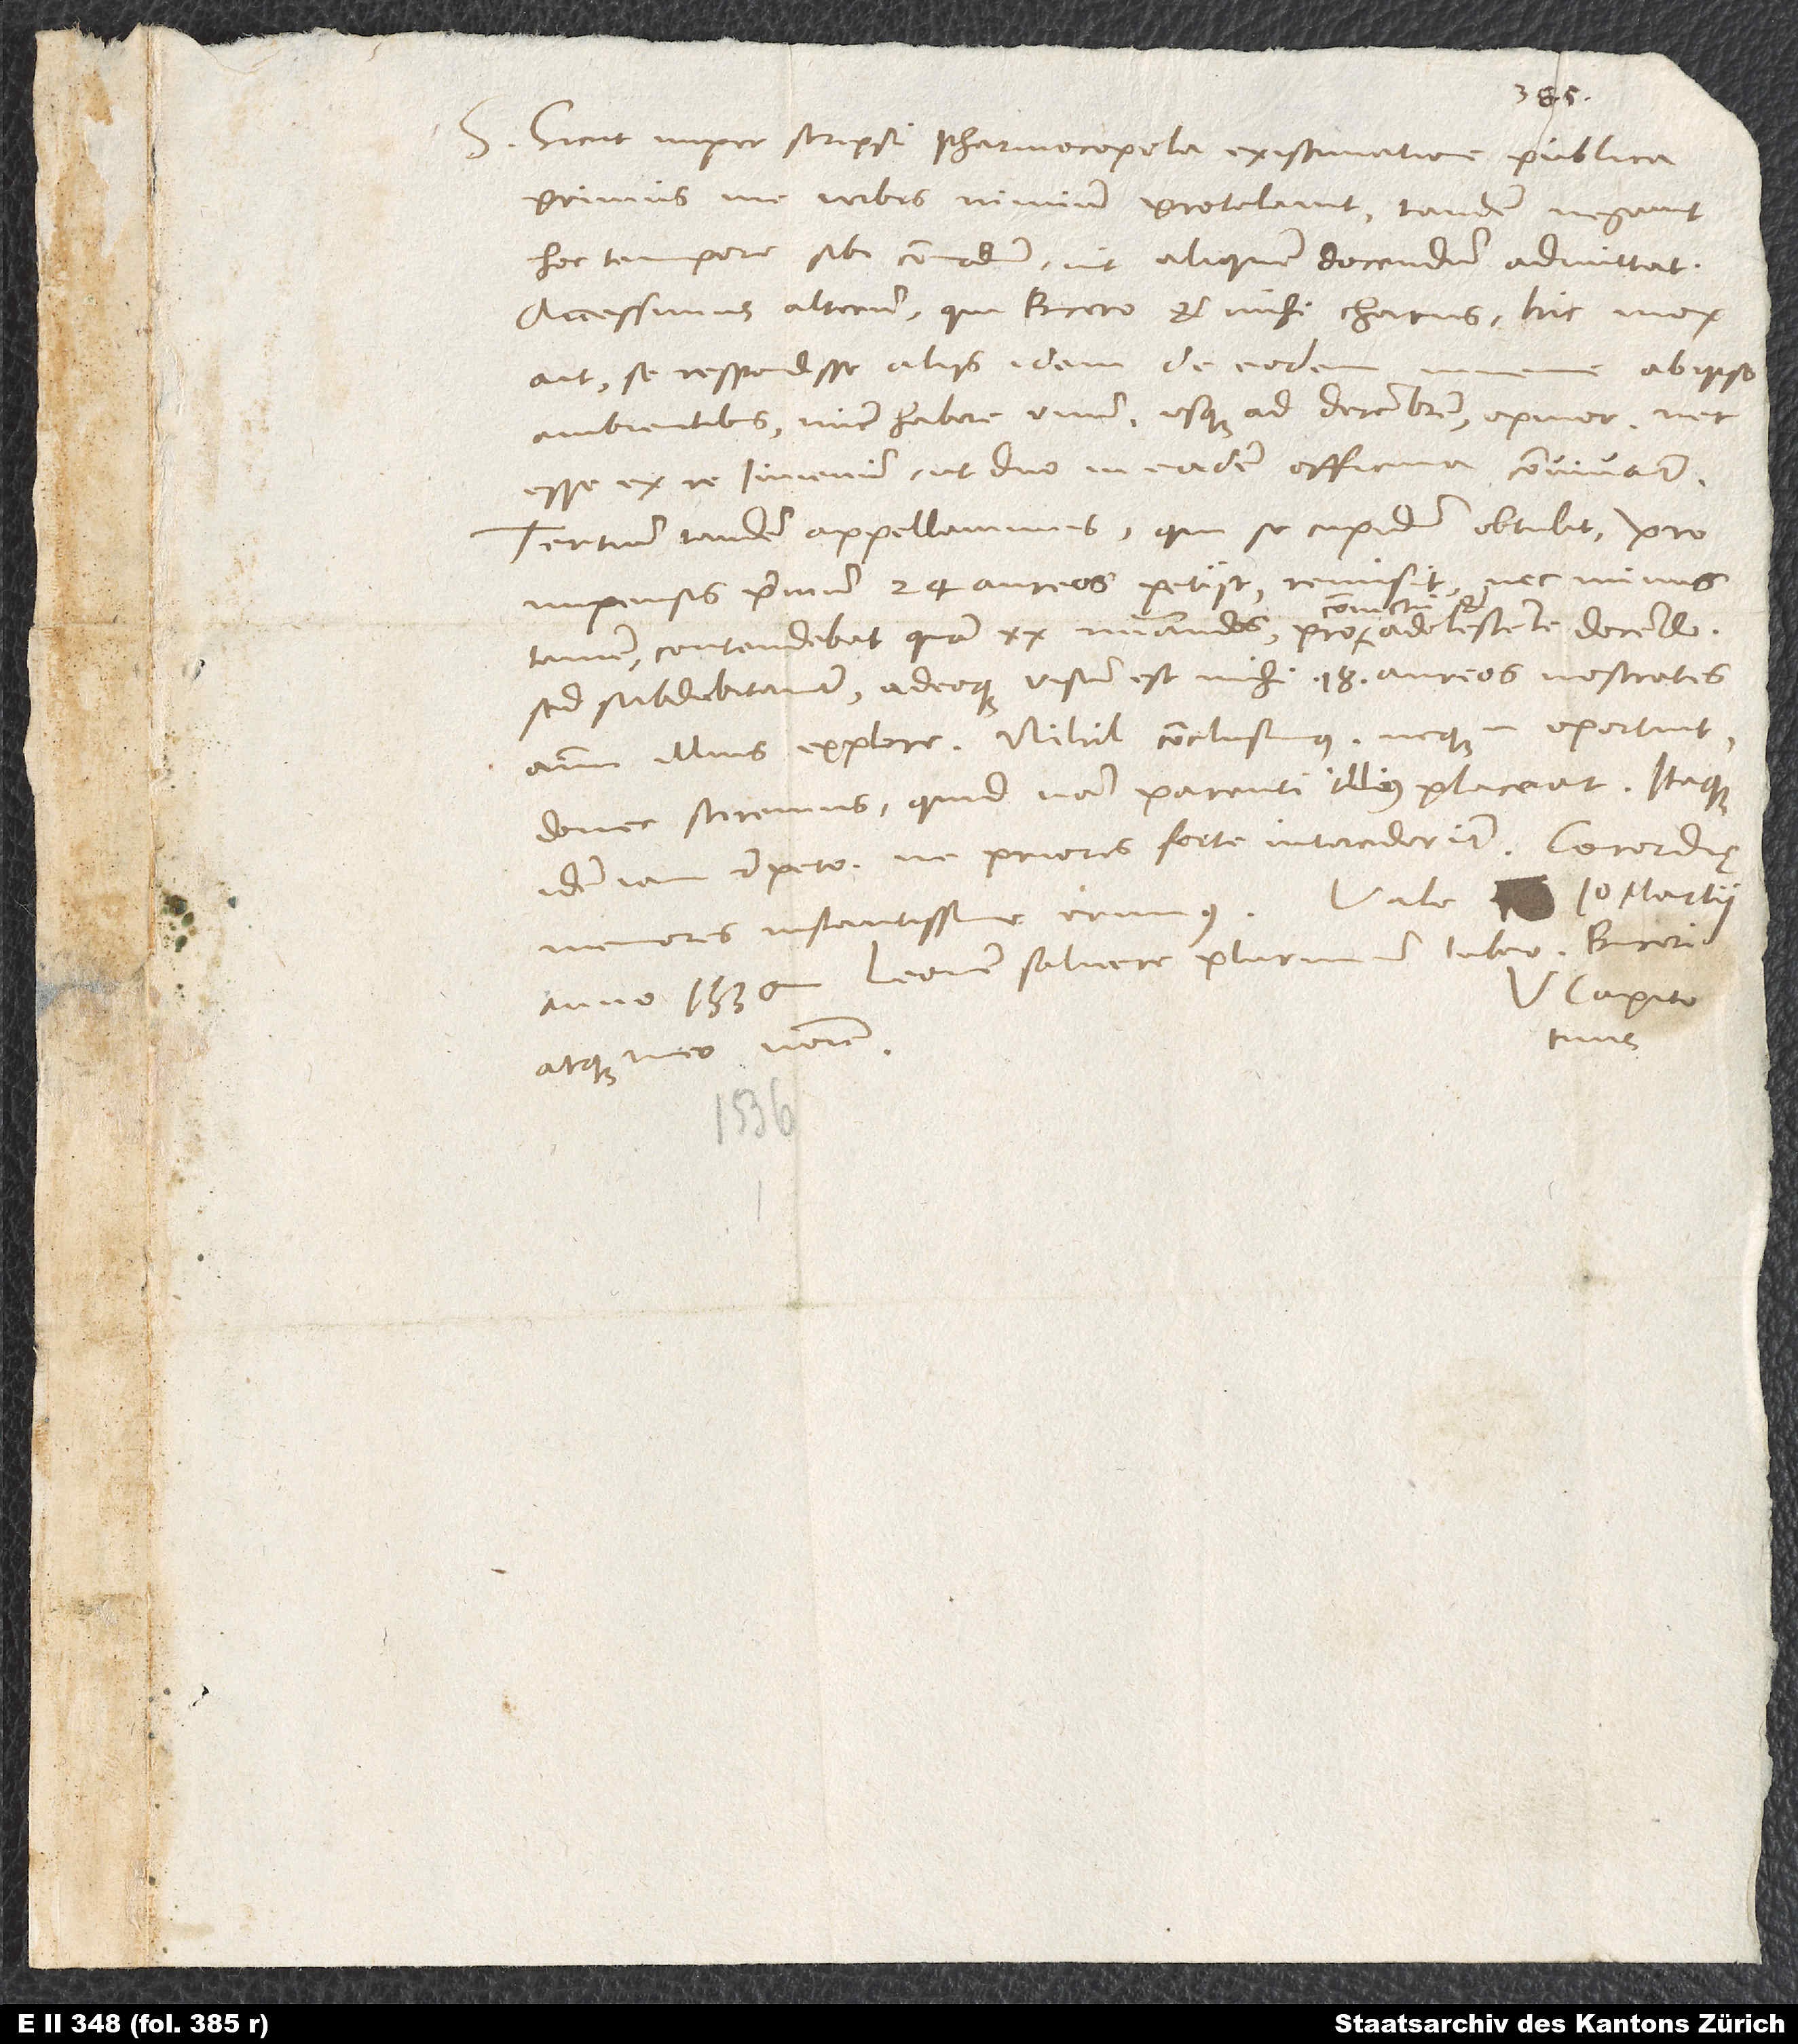
S. Sicut nuper scripsi, pharmacopola existimatione publica
primus me verbis nimium protelavit, tandem negavit
hoc tempore sibi commodum, ut aliquem docendum admittat.
Accessimus alterum, qui Bucero et mihi charus. Hic mox
ait se respondisse aliis idem de eodem
ab ipso
ambientibus nunc habere unum usque ad decembrem, opinor, nec
esse ex re iuvenum, ut duo in eadem officina convivant.
Tertium tandem appellavimus, qui se cupidum obtulit, pro
impensis primum 24 aureos petiit, remisit nec minus
tamen contendebat quam 20 numerandos pro convictu et adolescente docendo,
sed subdubitanter, adeoque visum est mihi 18 aureos vestrates
animum eius explere. Nihil conclusimus, neque enim oportuit,
donec sciremus, quidnam parenti illius placeat. Itaque
idem iam repeto, ne priores forte interciderint. Concordie
memores instantissime erimus. Vale. 10. martii
anno 1536. Leonem salvere plurimum iubeo Buceri
Capito
tuus.
atque meo nomine.